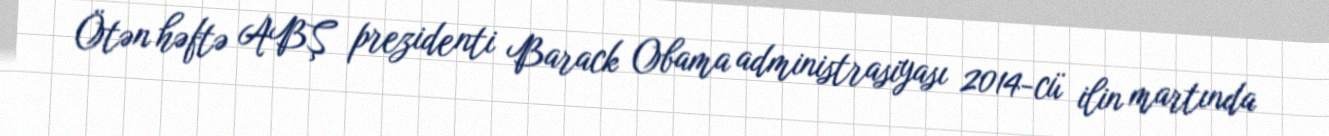
Ötən həftə ABŞ prezidenti Barack Obama administrasiyası 2014-cü ilin martında